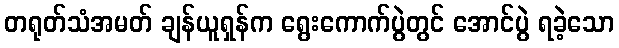
တရုတ်သံအမတ် ချန်ယူရှန်က ရွေးကောက်ပွဲတွင် အောင်ပွဲ ရခဲ့သော